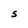
Character: S